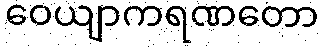
ဝေယျာကရဏတော